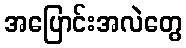
အပြောင်းအလဲတွေ